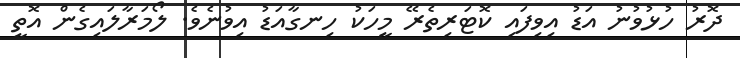
ދޮރު ހުޅުވުނު އަޑު އިވިފައި ކޮޓަރިތެރޭ މީހަކު ހިނގާއަޑު އިވުނެވެ. ލޯމަރާލައިގެން އޮތީ